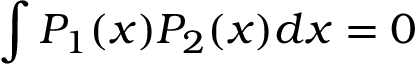
\int P _ { 1 } ( x ) P _ { 2 } ( x ) d x = 0